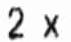
2 X